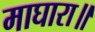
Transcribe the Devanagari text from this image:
माघारा॥